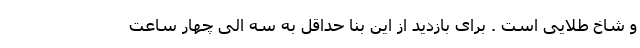
و شاخ طلایی است . برای بازدید از این بنا حداقل به سه الی چهار ساعت